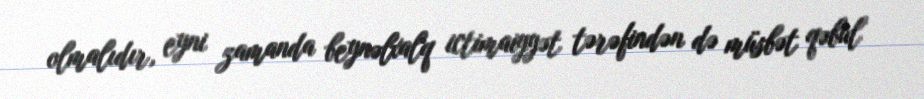
olmalıdır, eyni zamanda beynəlxalq ictimaiyyət tərəfindən də müsbət qəbul